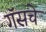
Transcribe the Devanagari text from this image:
गॅसचे